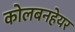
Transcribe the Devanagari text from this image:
कोलबनहेयर